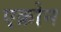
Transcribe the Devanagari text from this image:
एक्रोन